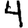
Digit: 4